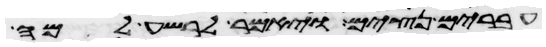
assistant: עברים נצים ויאמר לרשע למה